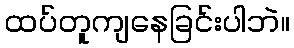
ထပ်တူကျနေခြင်းပါဘဲ။